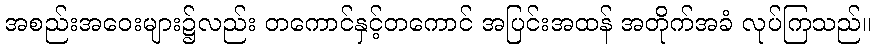
အစည်းအဝေးများ၌လည်း တကောင်နှင့်တကောင် အပြင်းအထန် အတိုက်အခံ လုပ်ကြသည်။